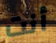
أنت